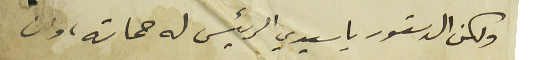
ولكن الدستور يا سيدي الرئيس له حماته، وان